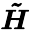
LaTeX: \boldsymbol{\tilde{H}}